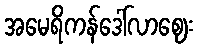
အမေရိကန်ဒေါ်လာဈေး